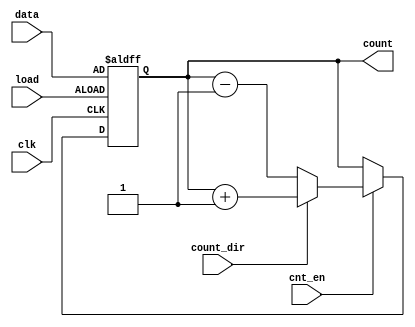
module async_load_counter #(
    parameter N = 8 // Width of the counter and data inputs
) (
    input wire clk,           // Clock signal
    input wire load,          // Load signal
    input wire [N-1:0] data,  // Data input for loading
    input wire cnt_en,        // Count enable signal
    input wire count_dir,     // Count direction (0: down, 1: up)
    output reg [N-1:0] count  // Current count value
);
    
    // Synchronous logic using clock
    always @(posedge clk or posedge load) begin
        if (load) begin
            // Load data asynchronously
            count <= data;
        end else if (cnt_en) begin
            // Counting based on direction
            if (count_dir) begin
                // Counting up
                count <= count + 1;
            end else begin
                // Counting down
                count <= count - 1;
            end
        end
    end
    
endmodule